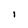
Character: I